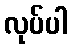
လုပ်ပါ